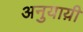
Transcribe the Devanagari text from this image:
अनुयाय़ी